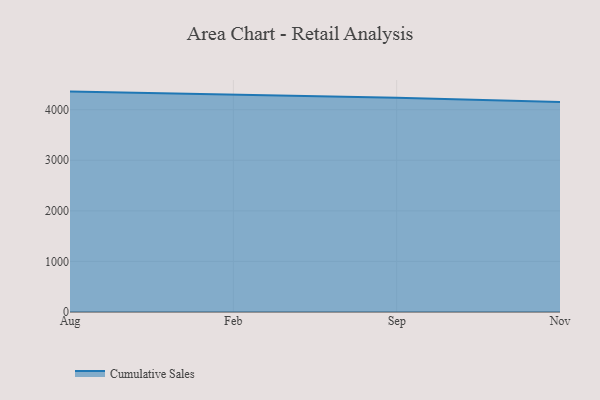
{"axis": {"x": "Month", "y": "Gross Profit (USD K)"}, "legend": ["Cumulative Sales"], "data": [{"x": "Aug", "y": 4358.1, "type": "Cumulative Sales"}, {"x": "Feb", "y": 4303.2, "type": "Cumulative Sales"}, {"x": "Sep", "y": 4235.2, "type": "Cumulative Sales"}, {"x": "Nov", "y": 4153.3, "type": "Cumulative Sales"}]}